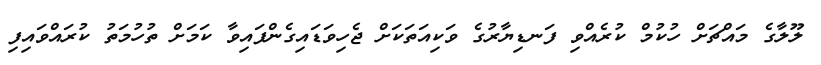
ލޫލާގެ މައްޗަށް ހުކުމް ކުރެއްވި ފަނޑިޔާރުގެ ވަކިއަތަކަށް ޖެހިވަޑައިގެންފައިވާ ކަމަށް ތުހުމަތު ކުރައްވައިފި